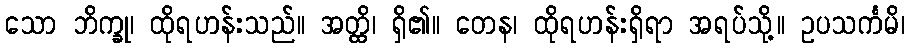
သော ဘိက္ခု၊ ထိုရဟန်းသည်။ အတ္ထိ၊ ရှိ၏။ တေန၊ ထိုရဟန်းရှိရာ အရပ်သို့။ ဥပသင်္ကမိ၊